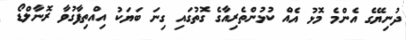
ދުނިޔޭގެ އެންމެ މޮޅު އެއް ކުޅުންތެރިއާގެ ގޮތުގައި ގިނަ ބަޔަކު އިއްތިފާގުވާ ރޮނާލްޑޯ